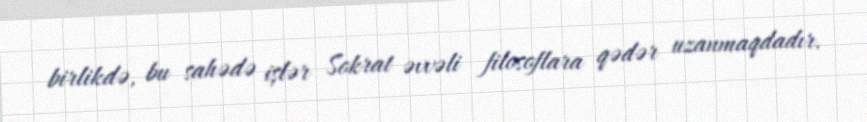
birlikdə, bu sahədə işlər Sokrat əvvəli filosoflara qədər uzanmaqdadır.